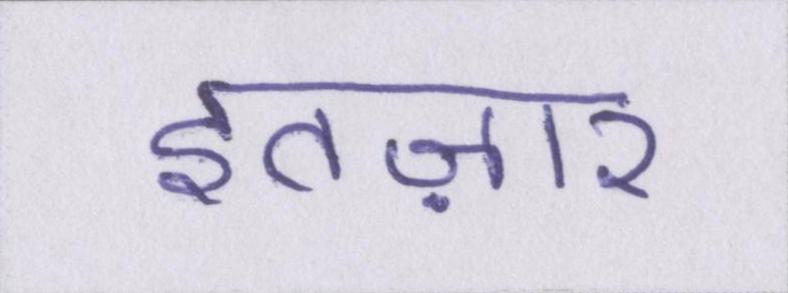
इंतज़ार